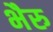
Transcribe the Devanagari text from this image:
भैरु